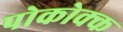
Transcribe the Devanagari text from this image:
पोकोक्क